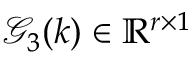
\mathcal { G } _ { 3 } ( k ) \in \mathbb { R } ^ { r \times 1 }